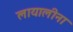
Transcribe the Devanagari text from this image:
लायालीना